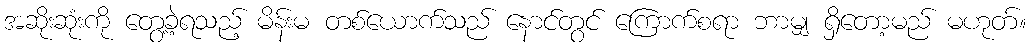
အဆိုးဆုံးကို တွေ့ခဲ့ရသည့် မိန်းမ တစ်ယောက်သည် နောင်တွင် ကြောက်စရာ ဘာမျှ ရှိတော့မည် မဟုတ်။